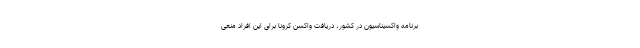
برنامه واکسیناسیون در کشور، دریافت واکسن کرونا برای این افراد منعی